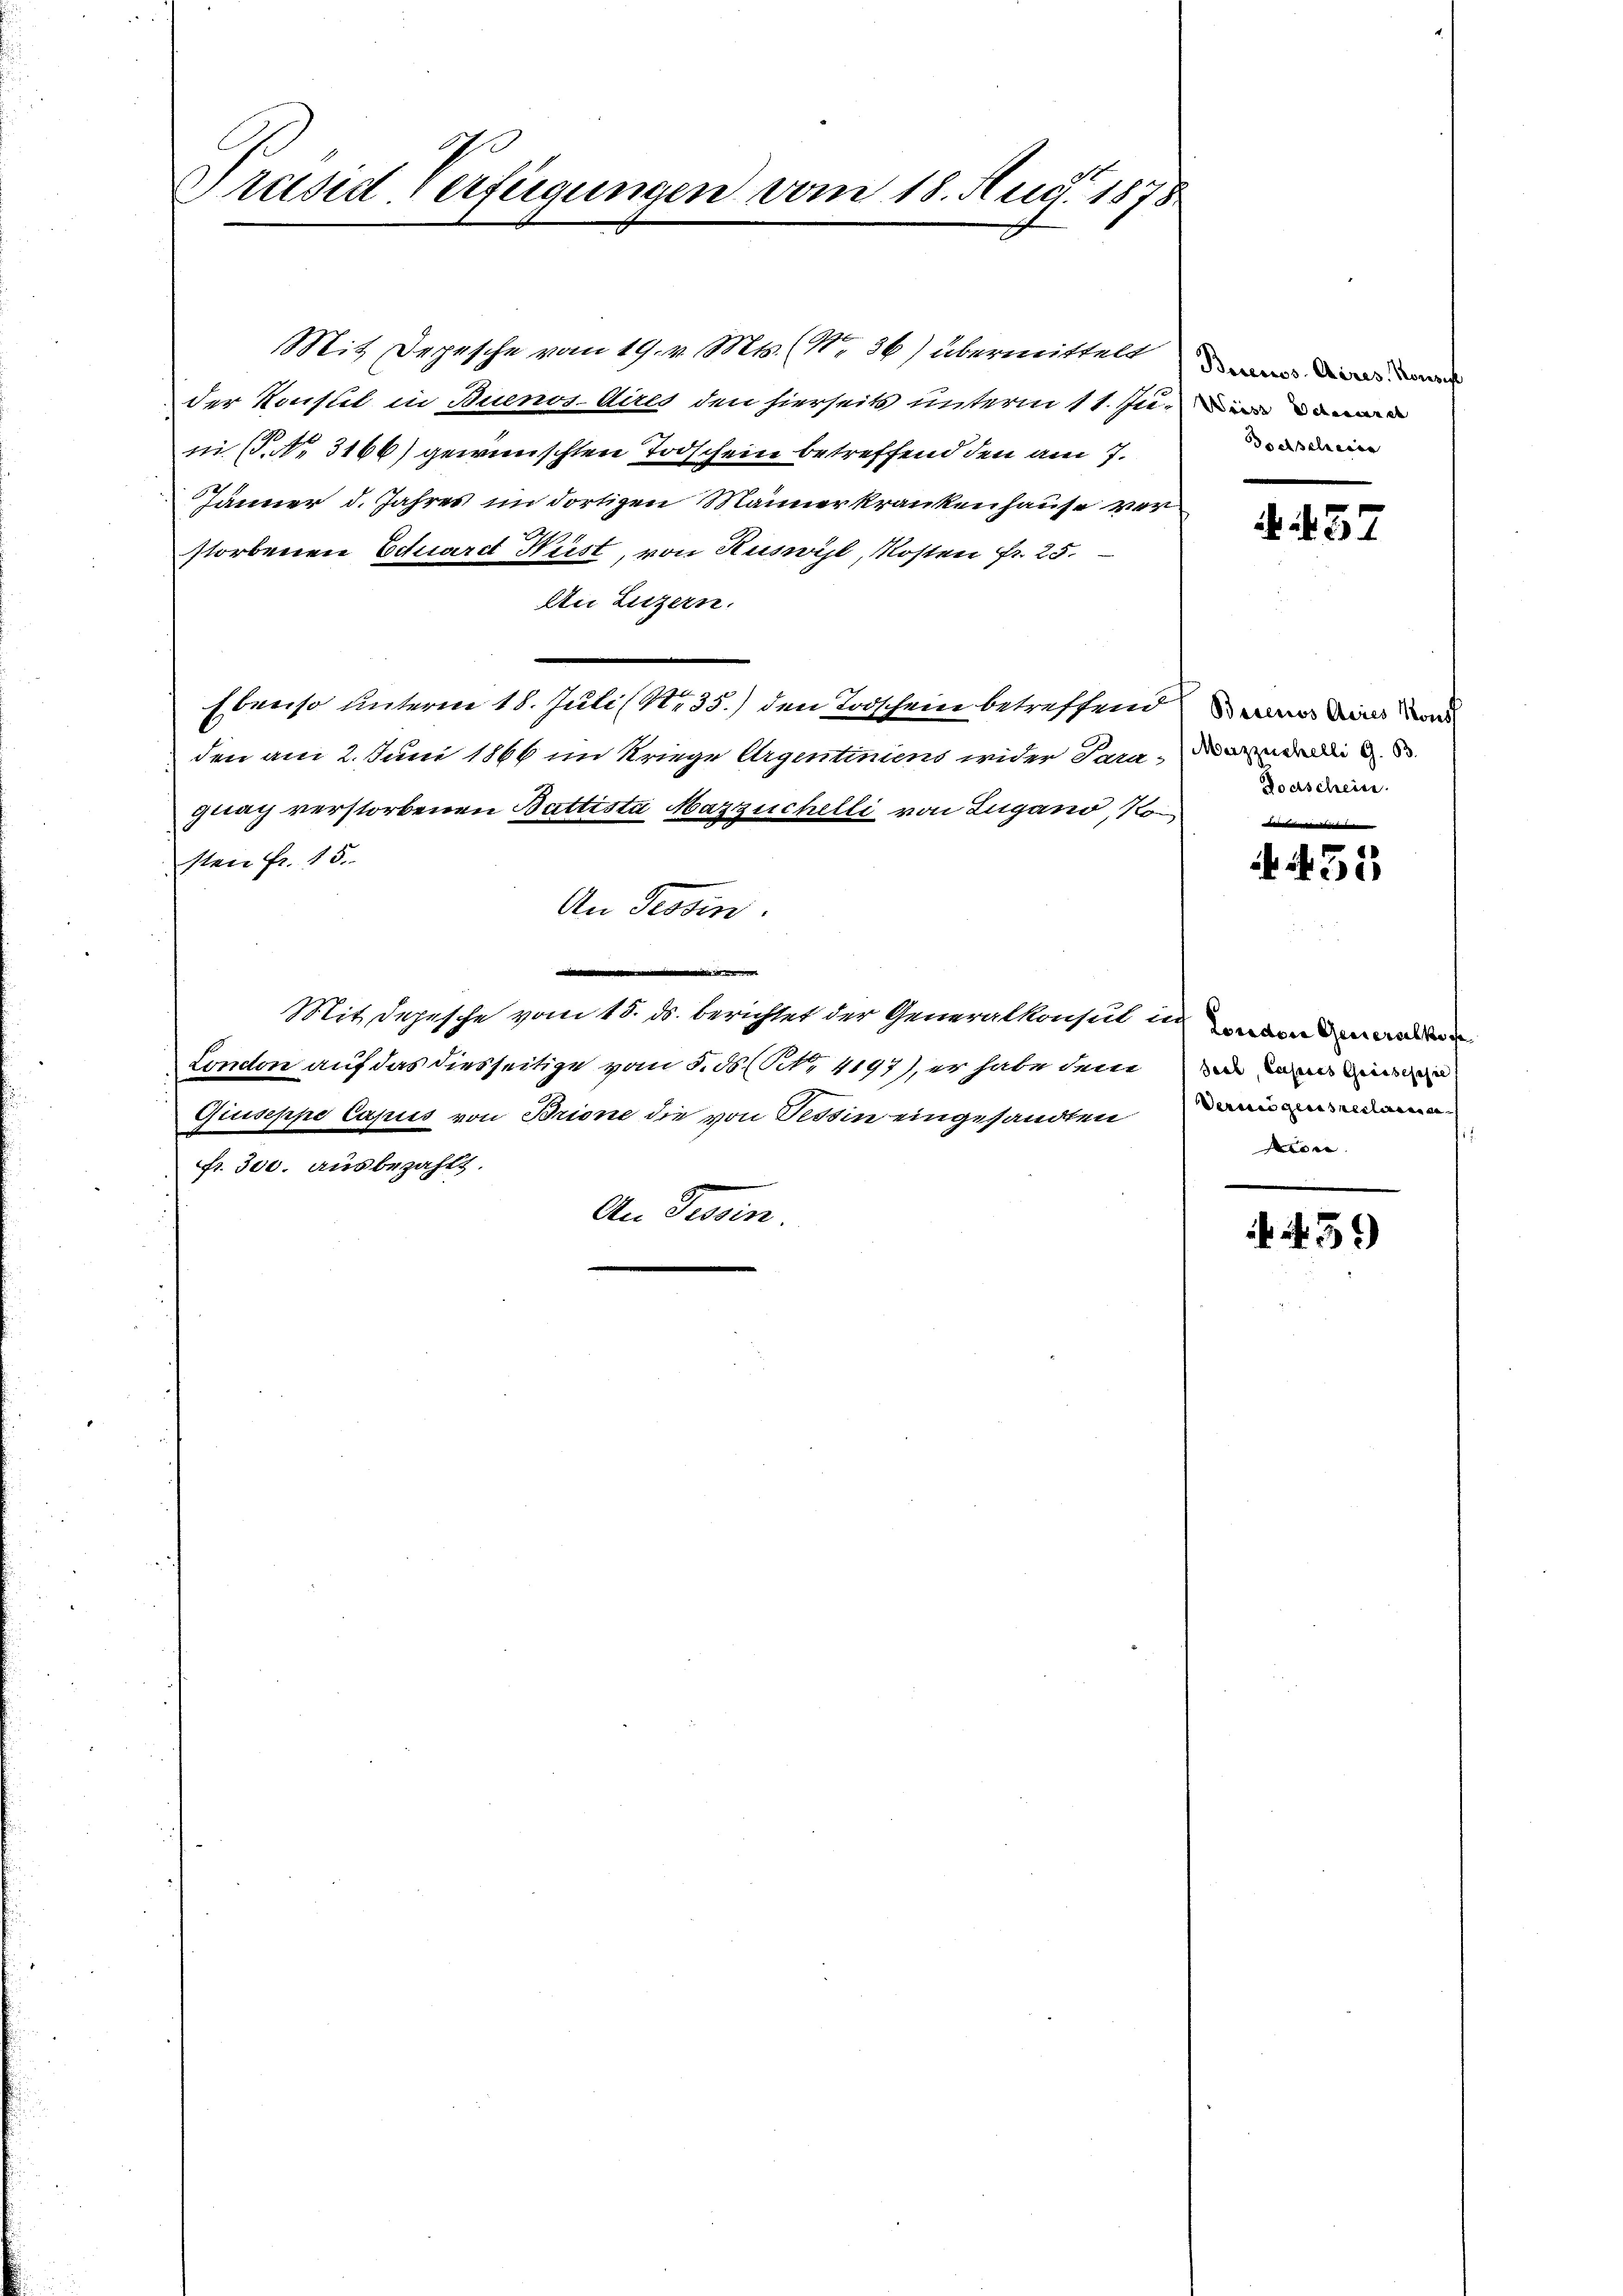
Präsid. Verfügungen vom 18. Aug. 1873.

Mit Depesche vom 19. v. Mts. (N. 36) übermittelt
der Konseil in Buenos-dires den hierseits unterm 11. Juni (S. Nr. 3166) gewünschten Todschein betreffend den am 7.
Jänner d. Jahres im dortigen Männer krankenhause verstorbenen Eduardt Nust, von Ruswil, Kosten fr. 25.
An Luzern.
Ebenso unterm 18. Juli (Nr. 35.) den Todschein betreffend war in d
den am 2. Juni 1866 im Kriege Argentiniens wider Paraguay verstorbenen Battista Mazzüchelli von Lugano, Kon
sten Fr. 15.
An Tessin.
d
Mit Depesche vom 15. ds. berichtet der Generalkonsul in
London auf das diesseitige vom 5. ds. (NNo. 4197), er habe dem
Giuseppe Capis von Brione die von Tessin eingesandten
fr. 300. ausbezahlt.
An Tessin.

Borecios Aires. Konse
Wiesz Odesseres
docseleier

457

Mezzeichelli G. B.
Dodschein

denheit |
A 451

Seel, Casses Griesesse
Vermögensreclaren
t
n

N. 51)